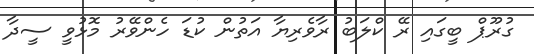
ގުރޫޕް ބީގައި ރޭ ކްލަބު ރާވެރިޔާ އަތުން ކުޑަ ހެންވޭރު މޮޅުވީ ސީދާ